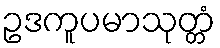
ဥဒကူပမာသုတ္တံ